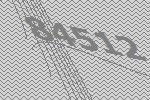
84512